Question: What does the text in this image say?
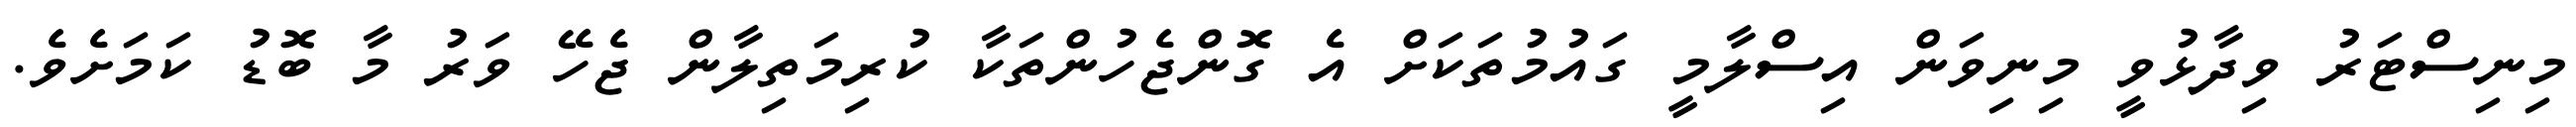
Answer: މިނިސްޓަރު ވިދާޅުވީ މިނިވަން އިސްލާމީ ގައުމުތަކަށް އެ ގޮންޖެހުންތަކާ ކުރިމަތިލާން ޖެހޭ ވަރު މާ ބޮޑު ކަމަށެވެ.